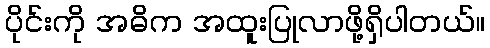
ပိုင်းကို အဓိက အထူးပြုလာဖို့ရှိပါတယ်။